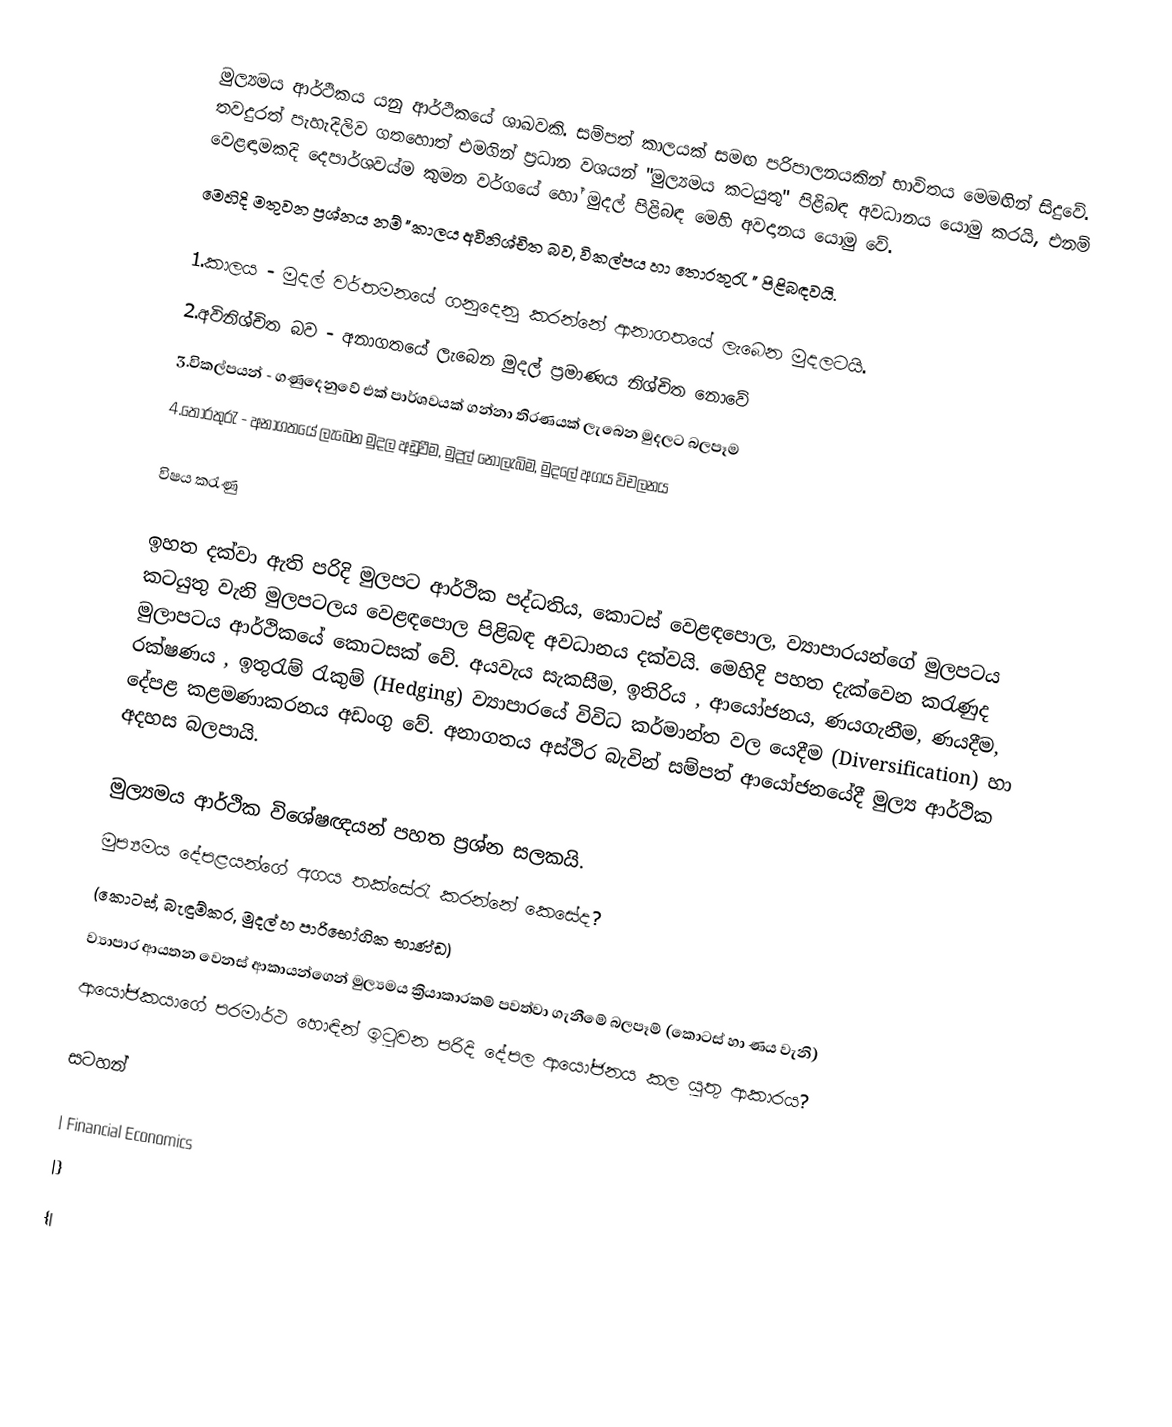
මුල්‍යමය ආර්ථිකය යනු ආර්ථිකයේ ශාඛවකි. සම්පත් කාලයක් සමඟ පරිපාලනයකින් භාවිතය මෙමඟින් සිදුවේ. තවදුරත් පැහැදිලිව ගතහොත් එමගින් ප්‍රධාන වශයන් "මුල්‍යමය කටයුතු" පිළිබඳ අවධානය යොමු කරයි, එනම් වෙළඳාමකදි දෙපාර්ශවය්ම කුමන වර්ගයේ හෝ මුදල් පිළිබඳ මෙහි අවදානය යොමු වේ.
මෙහිදි මතුවන ප්‍රශ්නය නම් "කාලය අවිනිශ්චිත බව, විකල්පය හා තොරතුරැ " පිළිබඳවයි.

1.කාලය - මුදල් වර්තමනයේ ගනුදෙනු කරන්නේ ආනාගතයේ ලැබෙන මුදලටයි.
2.අවිනිශ්චිත බව - අනාගතයේ ලැබෙන මුදල් ප්‍රමාණය නිශ්චිත නොවේ
3.විකල්පයන් - ගණුදෙනුවේ එක් පාර්ශවයක් ගන්නා තිරණයක් ලැබෙන මුදලට බලපෑම
4.තොරතුරැ - අනාගතයේ ලැබෙන මුදල අඩුවීම, මුදල් නොලැබිම, මුදලේ අගය විචලනය

විෂය කරැණු

ඉහත දක්වා ඇති පරිදි මුලපට ආර්ථික පද්ධතිය, කොටස් වෙළඳපොල, ව්‍යාපාරයන්ගේ මුලපටය කටයුතු වැනි මුලපටලය වෙළඳපොල පිළිබඳ අවධානය දක්වයි. මෙහිදි පහත දැක්වෙන කරැණුද මුලාපටය ආර්ථිකයේ කොටසක් වේ. අයවැය සැකසීම, ඉතිරිය , ආයෝජනය, ණයගැනීම, ණයදීම, රක්ෂණය , ඉතුරැම් රැකුම් (Hedging) ව්‍යාපාරයේ විවිධ කර්මාන්ත වල යෙදීම  (Diversification) හා දේපළ කළමණාකරනය අඩංගු වේ. අනාගතය අස්ථිර බැවින් සම්පත් ආයෝජනයේදී මුල්‍ය ආර්ථික අදහස බලපායි.

මුල්‍යමය ආර්ථික විශේෂඥයන් පහත ප්‍රශ්න සලකයි.
මුප්‍යමය දේපළයන්ගේ අගය තක්සේරැ කරන්නේ කෙසේද?
(කොටස්, බැඳුම්කර, මුදල් හ පාරිභෝගික භාණ්ඩ)
ව්‍යාපාර ආයතන වෙනස් ආකායන්ගෙන් මුල්‍යමය ක්‍රියාකාරකම් පවත්වා ගැනීමේ බලපෑම් (කොටස් හා ණය වැනි)
ආයෝජකයාගේ පරමාර්ථ හොඳින් ඉටුවන පරිදි දේපල ආයෝජනය කල යුතු ආකාරය?

සටහන්

| Financial Economics
|}
{|